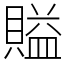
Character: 賹